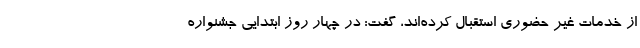
از خدمات غیر حضوری استقبال کرده‌اند، گفت: در چهار روز ابتدایی جشنواره